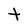
Character: t